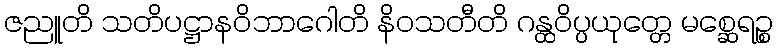
ဇညူတိ သတိပဋ္ဌာနဝိဘာဂေါတိ နိဝသတီတိ ဂန္ထဝိပ္ပယုတ္တေ မစ္ဆေရဉ္စ